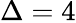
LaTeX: \Delta=4